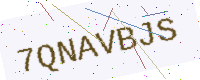
Text: 7QNAVBJS